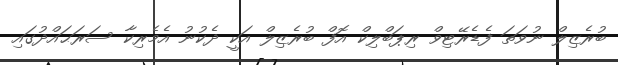
ބުރެޒިލް ނުވަތަ ފެޑެރޭޓިވް ރިޕަބްލިކް އޮފް ބުރެޒިލް އަކީ ދެކުނު އެމެރިކާ ސަރަޙައްދުގައި